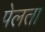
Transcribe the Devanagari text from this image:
पेलता